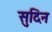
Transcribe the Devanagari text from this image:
सुदिन